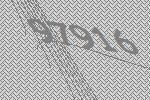
97916